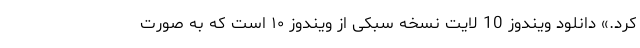
کرد.» دانلود ویندوز 10 لایت نسخه سبکی از ویندوز ۱۰ است که به صورت